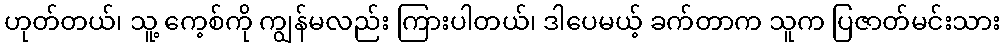
ဟုတ်တယ်၊ သူ့ ကေ့စ်ကို ကျွန်မလည်း ကြားပါတယ်၊ ဒါပေမယ့် ခက်တာက သူက ပြဇာတ်မင်းသား